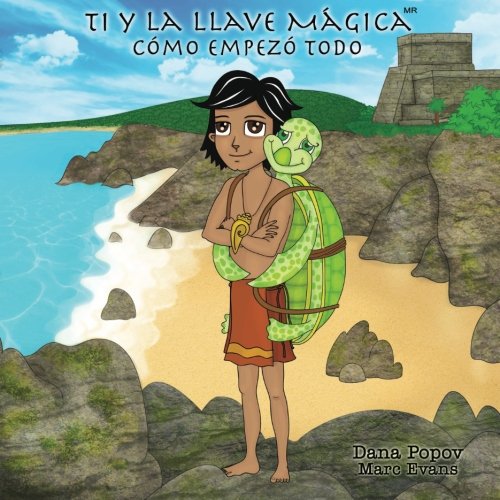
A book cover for Ti y la Llave Magica: Como Empezo Todo (Spanish Edition); Dana Popov; Children's Books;